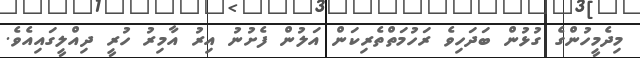
މިދެމީހުންގެ ގުޅުން ބަދަހިވެ ރަހުމަތްތެރިކަން އަލުން ފެށުނު އިރު އާމިރު ހުރީ ދިއްލީގައިއެވެ.